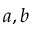
a , b